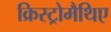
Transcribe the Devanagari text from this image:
क्रिस्ट्रोमैथिए